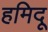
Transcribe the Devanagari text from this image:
हमिदू